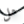
هل